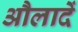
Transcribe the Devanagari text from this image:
औलादें